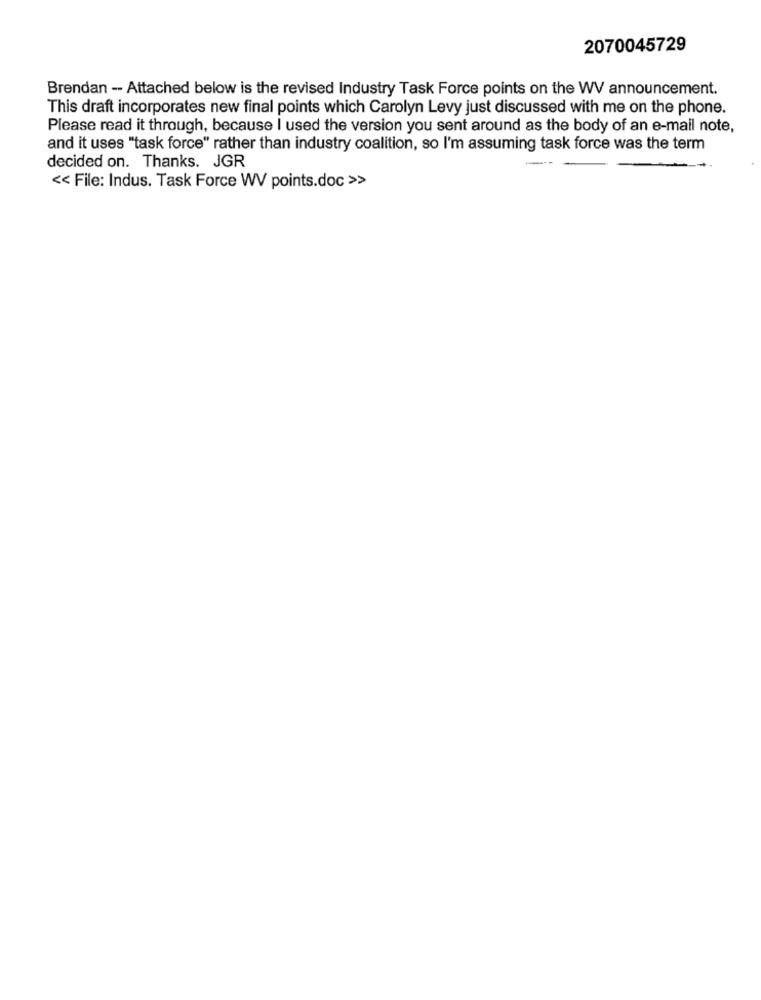
2070045729
Brendan -- Attached below is the revised Industry Task Force points on the WV announcement.
This draft incorporates new final points which Carolyn Levy just discussed with me on the phone.
Please read it through, because I used the version you sent around as the body of an e-mail note,
and it uses "task force" rather than industry coalition, so I'm assuming task force was the term
decided on. Thanks. JGR
<< File: Indus. Task Force WV points.doc >>